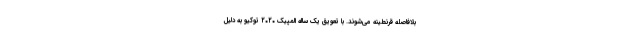
بلافاصله قرنطینه می‌شوند. با تعویق یک ساله المپیک ۲۰۲۰ توکیو به دلیل